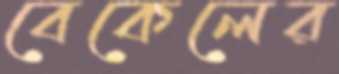
বেকেলের